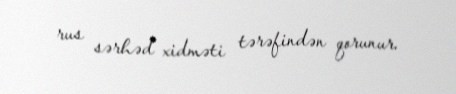
rus sərhəd xidməti tərəfindən qorunur.